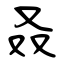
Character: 叒